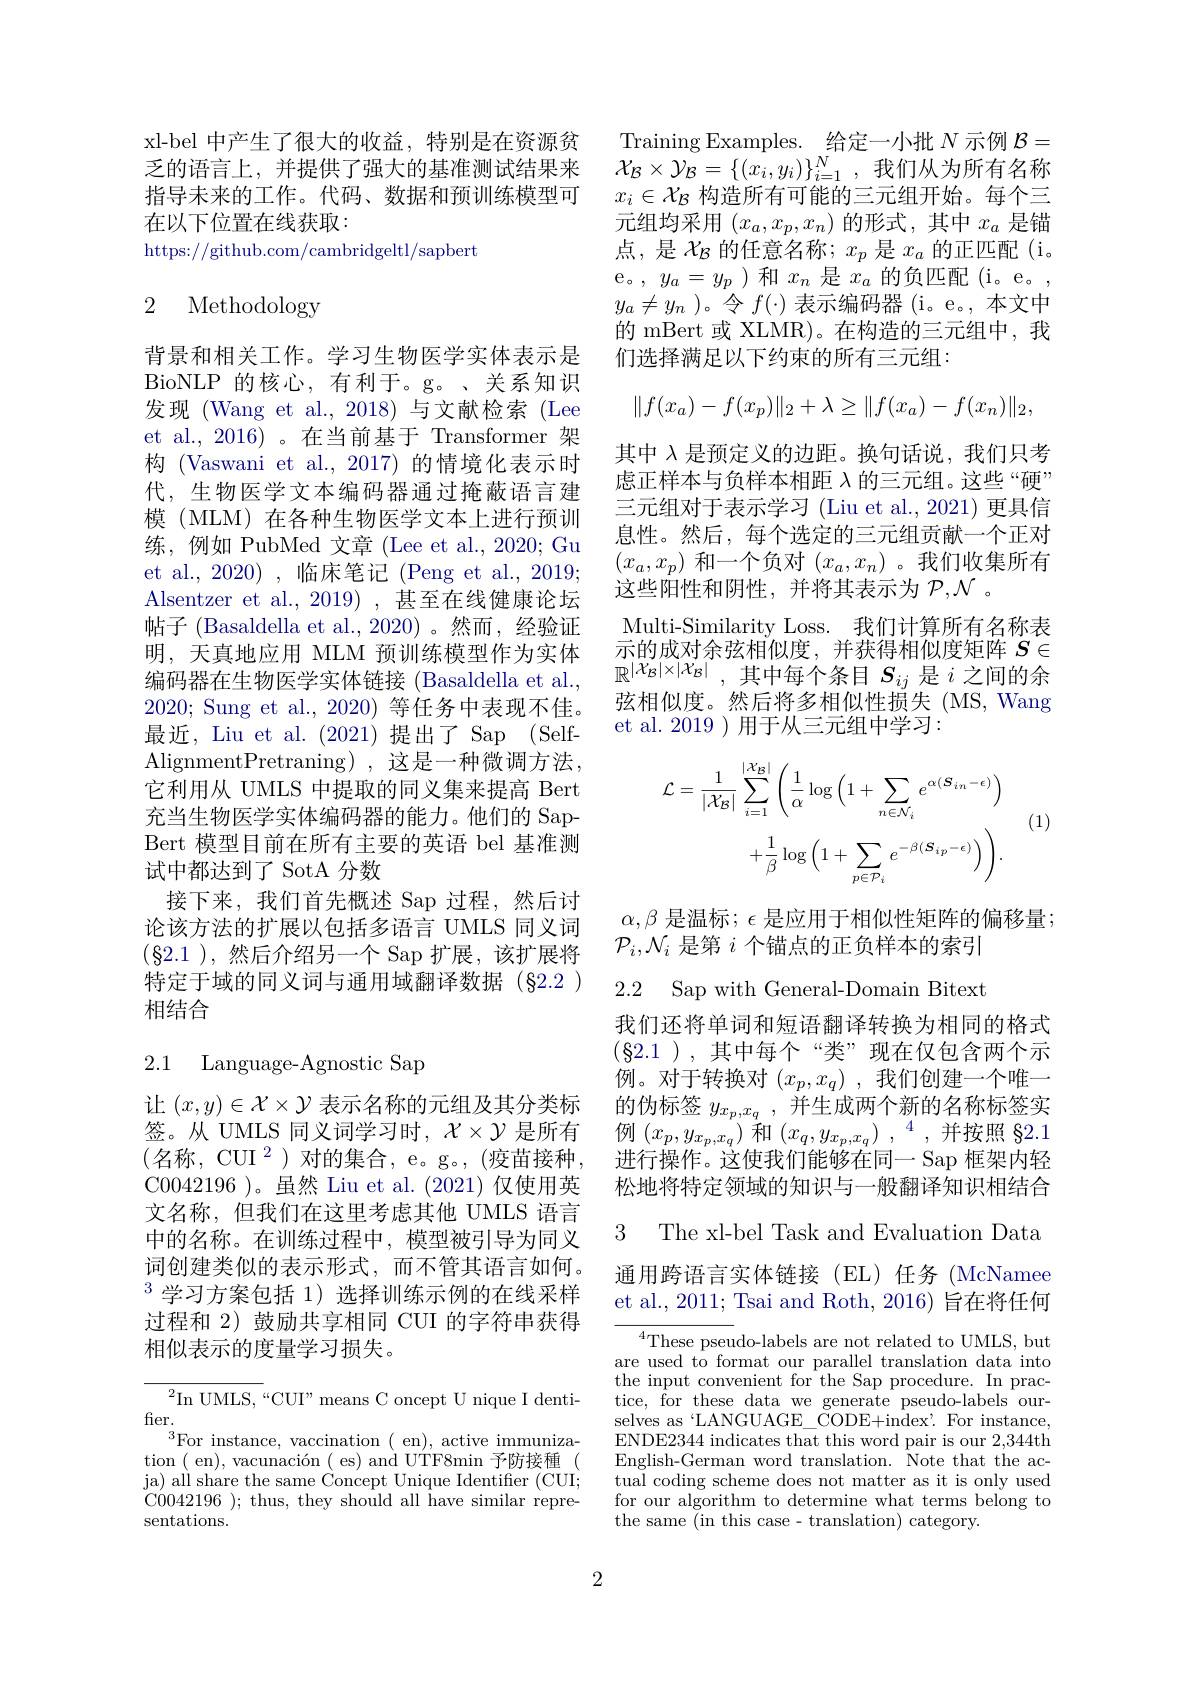
xl-bel 中产生了很大的收益，特别是在资源贫乏的语言上，并提供了强大的基准测试结果来指导未来的工作。代码、数据和预训练模型可在以下位置在线获取：
https://github.com/cambridgeltl/sapbert

## 2 Methodology

背景和相关工作。学习生物医学实体表示是BioNLP 的核心，有利于。g。、关系知识发现 (Wang et al.,2018)与文献检索(Lee et al., 2016)。在当前基于 Transformer 架构 (Vaswani et al., 2017) 的情境化表示时代，生物医学文本编码器通过掩蔽语言建模 (MLM) 在各种生物医学文本上进行预训练，例如 PubMed 文章 (Lee et al., 2020; Gu et al., 2020) , 临床笔记 (Peng et al., 2019; Alsentzer et al.,2019),甚至在线健康论坛帖子 (Basaldella et al., 2020)。然而，经验证明，天真地应用 MLM 预训练模型作为实体编码器在生物医学实体链接 (Basaldella et al. 2020; Sung et al., 2020) 等任务中表现不佳。最近，Liu et al.(2021)提出了 Sap (SelfAlignmentPretraning) ,这是一种微调方法， 它利用从 UMLS 中提取的同义集来提高 Bert 充当生物医学实体编码器的能力。他们的 SapBert 模型目前在所有主要的英语 bel 基准测试中都达到了 SotA 分数
接下来，我们首先概述 Sap 过程，然后讨论该方法的扩展以包括多语言 UMLS 同义词$(\S2.1$ ),然后介绍另一个 Sap 扩展，该扩展将特定于域的同义词与通用域翻译数据(§2.2 ) 相结合

2.1 Language-Agnostic Sap

让$(x,y)\in\mathcal{X}\times\mathcal{Y}$表示名称的元组及其分类标签。从 UMLS 同义词学习时，$\mathcal{X}\times\mathcal{Y}$是所有(名称，CUI$^2$)对的集合，e。g。(疫苗接种， C0042196 )。虽然 Liu et al.(2021) 仅使用英文名称，但我们在这里考虑其他 UMLS 语言中的名称。在训练过程中，模型被引导为同义词创建类似的表示形式，而不管其语言如何。$^{3}$学习方案包括 1)选择训练示例的在线采样过程和 2) 鼓励共享相同 CUI 的字符串获得相似表示的度量学习损失。

$^2$In UMLS,“CUI”means C oncept U nique I denti-
fier.
For instance, vaccination ( en) , active immuniza- tion ( en) , vacunaci$\' {o}$n ( es) and UTF8min 予 防 接 種 ( ja) all share the same Concept Unique Identifier ( CUI; C0042196 ) ; thus, they should all have similar repre- sentations.

Training Examples. 给定一小批$N$示例$\mathcal{B}=$ $\mathcal{X} _B\times \mathcal{Y} _B= \{ ( x_i, y_i) \} _{i= 1}^N$ ,我们从为所有名称$x_i\in\mathcal{X}_\mathcal{B}$构造所有可能的三元组开始。每个三元组均采用$(x_a,x_p,x_n)$的形式，其中$x_a$是锚点，是$\chi_\mathcal{B}$的任意名称；$x_p$是$x_a$的正匹配(i。e。, $y_a=y_p$ )和$x_n$是$x_a$的负匹配 (i。e。, $y_a\neq y_n$ )。令$f(\cdot)$表示编码器 (i。e。, 本文中的 mBert 或 XLMR)。在构造的三元组中，我们选择满足以下约束的所有三元组：
$$\begin{aligned}\|f(x_a)-f(x_p)\|_2+\lambda\geq\|f(x_a)-f(x_n)\|_2,\end{aligned}$$
其中$\lambda$是预定义的边距。换句话说，我们只考虑正样本与负样本相距$\lambda$的三元组。这些“硬” 三元组对于表示学习 (Liu et al., 2021) 更具信息性。然后，每个选定的三元组贡献一个正对$(x_a,x_p)$和一个负对$(x_a,x_n)$ 。我们收集所有这些阳性和阴性，并将其表示为$\mathcal{P},\mathcal{N}$ 。
Multi-Similarity Loss. 我们计算所有名称表示的成对余弦相似度，并获得相似度矩阵$S\in$ $\mathbb{R}^{|\mathcal{X}_B|\times|\mathcal{X}_B|}$,其中每个条目$S_ij$是$i$之间的余弦相似度。然后将多相似性损失(MS,Wang et al. 2019 ) 用于从三元组中学习：

(1)
$$\begin{aligned}\mathcal{L}=\frac{1}{|\mathcal{X}_{\mathcal{B}}|}\sum_{i=1}^{|\mathcal{X}_{\mathcal{B}}|}\left(\frac{1}{\alpha}\log\left(1+\sum_{n\in\mathcal{N}_{i}}e^{\alpha(\boldsymbol{S}_{in}-\epsilon)}\right)\right.\\&+\frac{1}{\beta}\log\left(1+\sum_{p\in\mathcal{P}_{i}}e^{-\beta(\boldsymbol{S}_{ip}-\epsilon)}\right)\Bigg).\end{aligned}$$
$\alpha,\beta$ 是温标$;\epsilon$ 是应用于相似性矩阵的偏移量；
$\mathcal{P}_i,\mathcal{N}_i$是第$i$个锚点的正负样本的索引

2.2 Sap with General-Domain Bitext

我们还将单词和短语翻译转换为相同的格式$(\S2.1),其中每个“类”现在仅包含两个示$ 例。对于转换对$( x_p, x_q)$ ,我们创建一个唯一的伪标签 $y_{x_p, x_q}$ , 并生成两个新的名称标签实例$\left(x_{p},y_{x_{p},x_{q}}\right)$和$\left(x_{q},y_{x_{p},x_{q}}\right),{}^{4}$,并按照$\S2.1$ 进行操作。这使我们能够在同一 Sap 框架内轻松地将特定领域的知识与一般翻译知识相结合

3 The xl-bel Task and Evaluation Data

通用跨语言实体链接(EL)任务(McNamee et al., 2011; Tsai and Roth, 2016) 旨在将任何

$^{4}$These pseudo-labels are not related to UMLS, but are used to format our parallel translation data'into the input convenient for the Sap procedure. In practice, $\bar{for these data we generate pseudo- labels our- }$ selves as `LANGUAGE\_ CODE+index'. For instance, ENDE2344 indicates that this word pair is our 2,344th English-German word translation. $\overset{.}{\operatorname*{\text{Note that the ac-}}}$ tual coding scheme does not matter as it is only used for our algorithm to determine what terms belong to the same (in this case- translation) category.

2